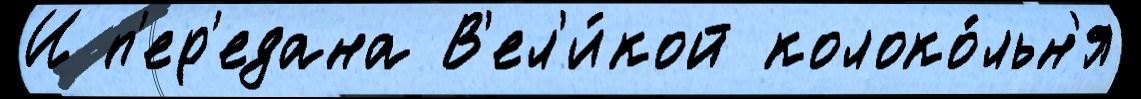
И п'ер'едана В'ел'и́кой колоко́льн'я